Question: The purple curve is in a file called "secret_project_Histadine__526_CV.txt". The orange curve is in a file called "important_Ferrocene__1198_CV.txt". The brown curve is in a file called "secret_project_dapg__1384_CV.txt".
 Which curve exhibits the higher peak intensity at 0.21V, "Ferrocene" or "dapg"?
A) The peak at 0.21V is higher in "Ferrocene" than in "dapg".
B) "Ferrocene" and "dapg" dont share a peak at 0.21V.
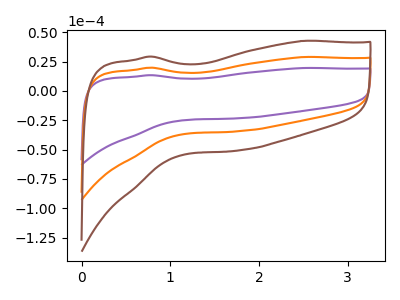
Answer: <think>The purple curve "Histadine" has no peaks. The orange curve "Ferrocene" has no peaks. The brown curve "dapg" has no peaks.</think>
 <answer>B) "Ferrocene" and "dapg" dont share a peak at 0.21V.</answer>
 <eval>B</eval>